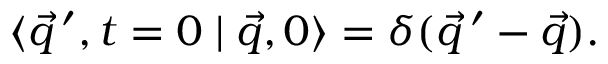
\langle \vec { q } \, ^ { \prime } , t = 0 \mid \vec { q } , 0 \rangle = \delta ( \vec { q } \, ^ { \prime } - \vec { q } ) .